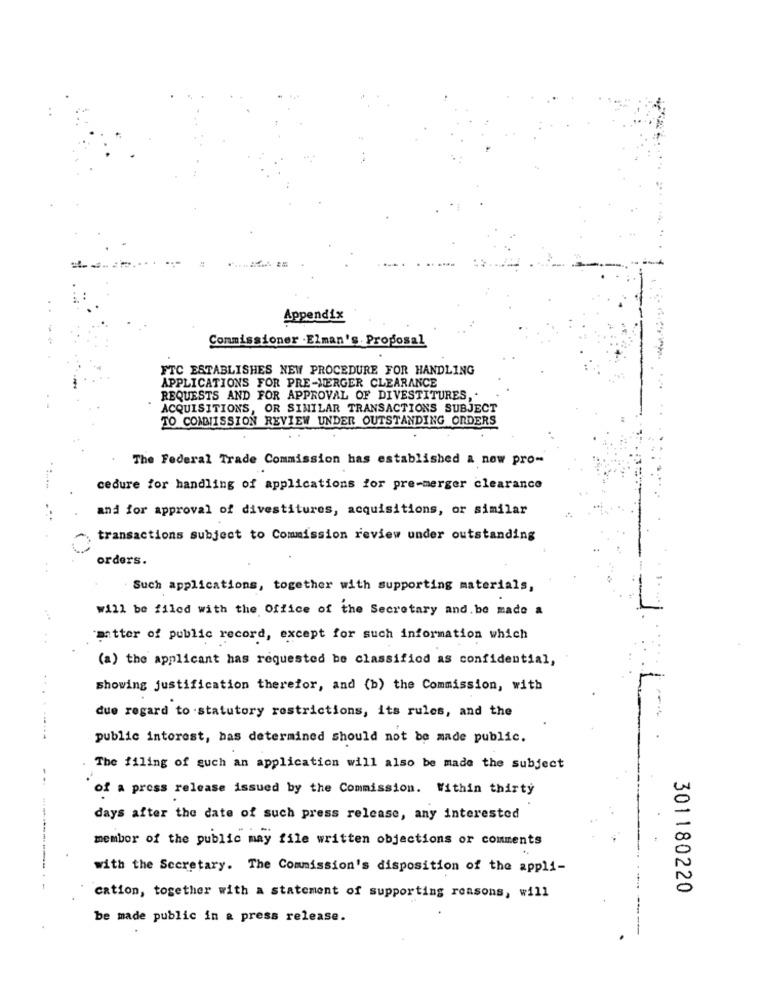
Appendix
Commissioner .Elman's. Proposal
FTC ESTABLISHES NEW PROCEDURE FOR HANDLING
APPLICATIONS FOR PRE-MERGER CLEARANCE
REQUESTS AND FOR APPROVAL OF DIVESTITURES,
ACQUISITIONS, OR SIMILAR TRANSACTIONS SUBJECT
TO COMMISSION REVIEW UNDER OUTSTANDING ORDERS
The Federal Trade Commission has established & now pro-
cedure for handling of applications for pre-merger clearance
and for approval of divestitures, acquisitions, or similar
transactions subject to Commission review under outstanding
orders.
Such applications, together with supporting materials,
will be filed with the Office of the Secretary and be made a
matter of public record, except for such information which
(a) the applicant has requested be classified as confidential,
showing justification therefor, and (b) the Commission, with
.-.
due regard to statutory restrictions, its rules, and the
public interest, bas determined should not be made public.
The filing of such an application will also be made the subject
of a press release issued by the Commission. Within thirty
days after the date of such press release, any interested
member of the public may file written objections or comments
0
with the Secretary. The Commission's disposition of the appli-
0
301180220
cation, together with a statement of supporting reasons, will
be made public in a press release.
-